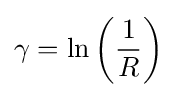
\gamma =\ln \left({\frac {1}{R}}\right)